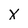
Character: x